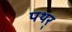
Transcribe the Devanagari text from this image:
पथर्